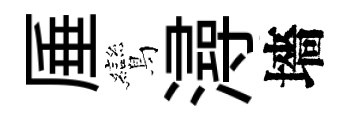
厜鸞潯墻